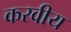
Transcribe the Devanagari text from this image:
करवीय